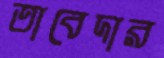
তাবেদার